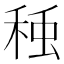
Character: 𮃅